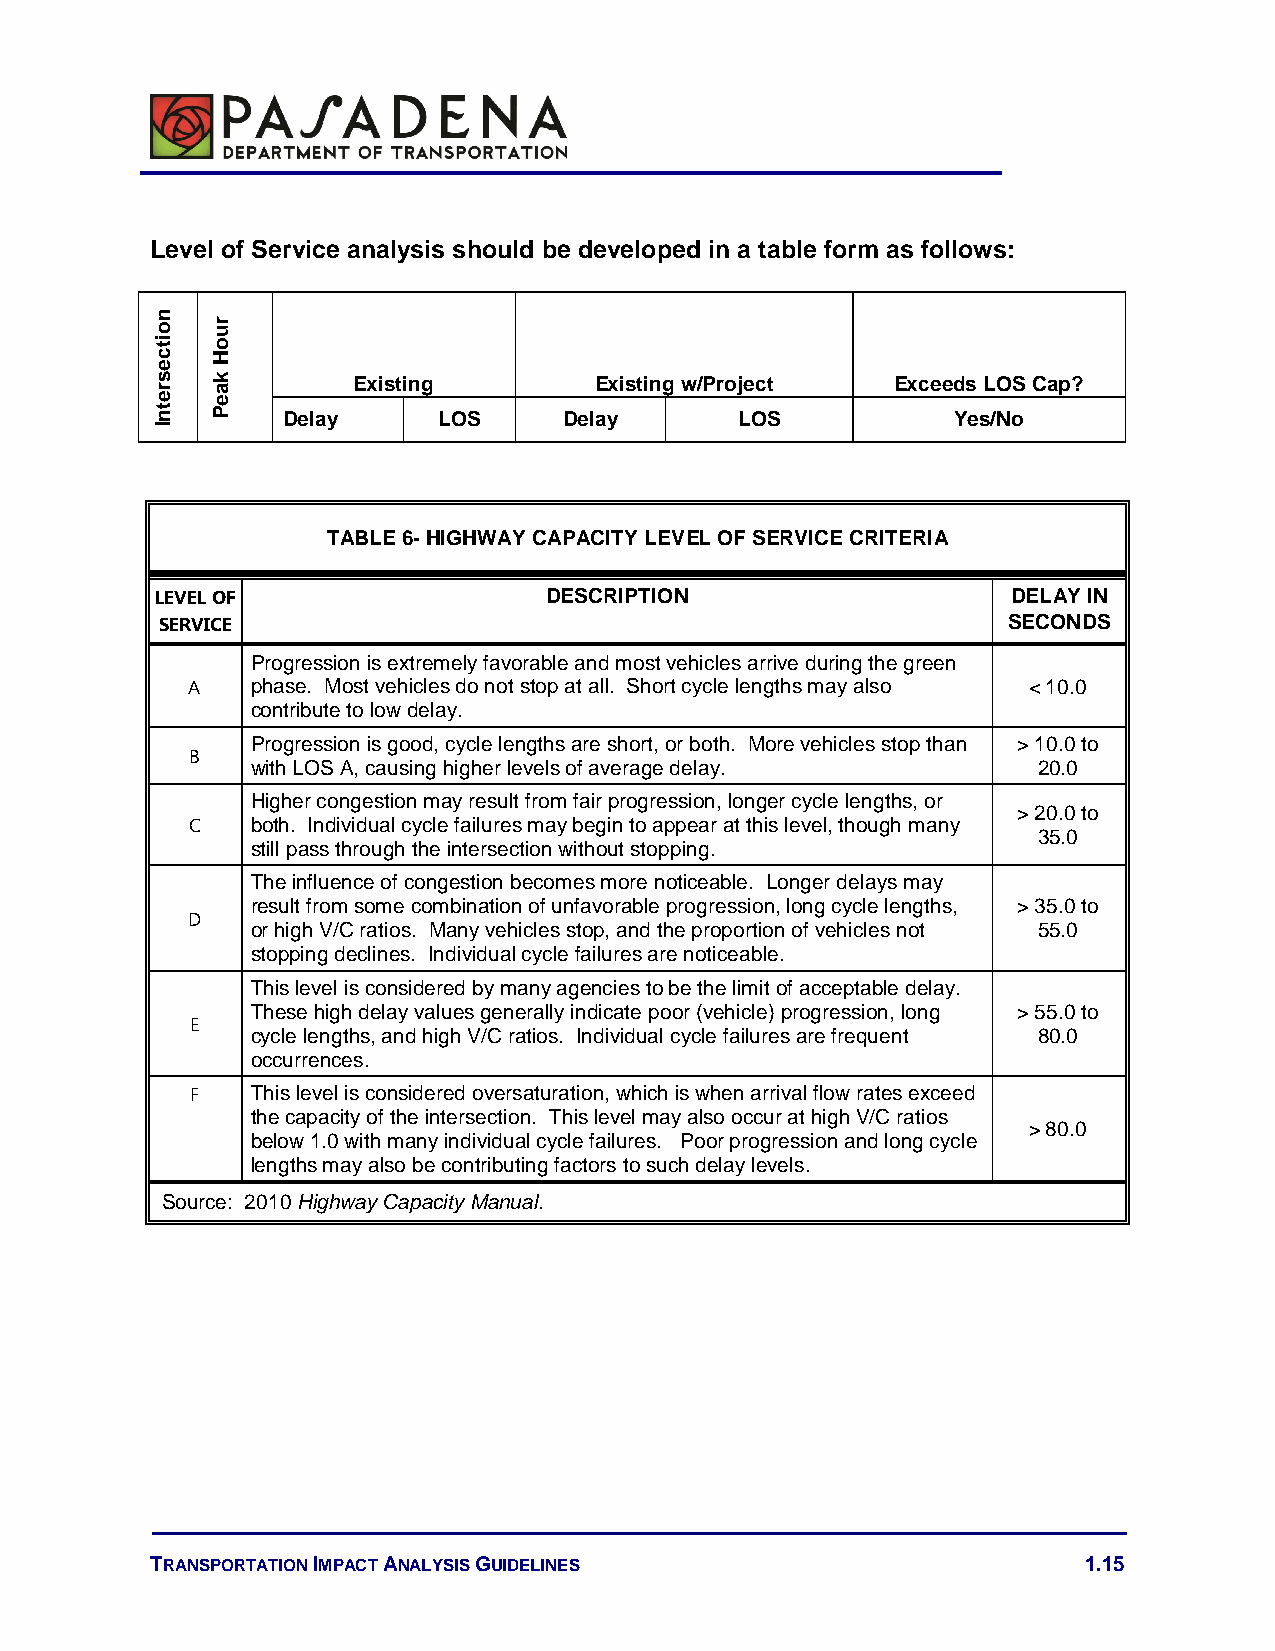
Level of Service analysis should be developed in a table form as follows:
 n
 o   r u
 it  o
 c   H
 e
 s   k        Existing        Existing w/Project  Exceeds LOS Cap?
 r   a
 e   e
 t n P    Delay     LOS     Delay       LOS           Yes/No
 I
 TABLE 6- HIGHWAY CAPACITY LEVEL OF SERVICE CRITERIA
 LEVEL OF                  DESCRIPTION                    DELAY IN
 SERVICE                                                 SECONDS
 Progression is extremely favorable and most vehicles arrive during the green
 A    phase. Most vehicles do not stop at all. Short cycle lengths may also < 10.0
 contribute to low delay.
 Progression is good, cycle lengths are short, or both. More vehicles stop than > 10.0 to
 B
 with LOS A, causing higher levels of average delay. 20.0
 Higher congestion may result from fair progression, longer cycle lengths, or
 > 20.0 to
 C    both. Individual cycle failures may begin to appear at this level, though many
 35.0
 still pass through the intersection without stopping.
 The influence of congestion becomes more noticeable. Longer delays may
 result from some combination of unfavorable progression, long cycle lengths, > 35.0 to
 D
 or high V/C ratios. Many vehicles stop, and the proportion of vehicles not 55.0
 stopping declines. Individual cycle failures are noticeable.
 This level is considered by many agencies to be the limit of acceptable delay.
 These high delay values generally indicate poor (vehicle) progression, long > 55.0 to
 E
 cycle lengths, and high V/C ratios. Individual cycle failures are frequent 80.0
 occurrences.
 F   This level is considered oversaturation, which is when arrival flow rates exceed
 the capacity of the intersection. This level may also occur at high V/C ratios
 > 80.0
 below 1.0 with many individual cycle failures. Poor progression and long cycle
 lengths may also be contributing factors to such delay levels.
 Source: 2010 Highway Capacity Manual.
 TRANSPORTATION IMPACT ANALYSIS GUIDELINES                     1.15